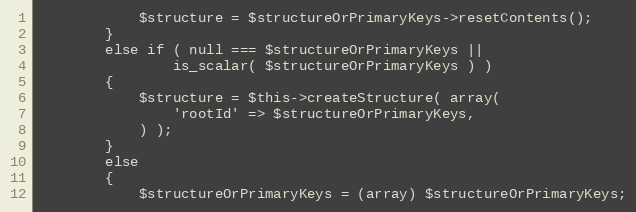
Language: PHP
            $structure = $structureOrPrimaryKeys->resetContents();
        }
        else if ( null === $structureOrPrimaryKeys ||
                is_scalar( $structureOrPrimaryKeys ) )
        {
            $structure = $this->createStructure( array(
                'rootId' => $structureOrPrimaryKeys,
            ) );
        }
        else
        {
            $structureOrPrimaryKeys = (array) $structureOrPrimaryKeys;